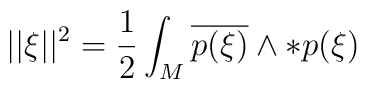
||\xi||^2={1\over 2}\int_M \overline{p(\xi)}\wedge *p(\xi)